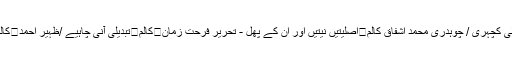
کالم	ایس پی کلر سیداں میں کھلی کچہری / چوہدری محمد اشفاق کالم	اصلیتیں نیتیں اور ان کے پھل - تحریر فرحت زمان	کالم	تبدیلی آنی چاہیے /ظہیر احمد	کالم	دھرنے کا خاتمہ مگر کیوں؟